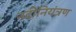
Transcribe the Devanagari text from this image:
नदीनियंत्रण